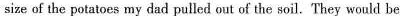
size of the potatoes my dad pulled out of the soil. They would be